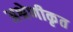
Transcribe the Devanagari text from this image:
अश्रेणीकृत